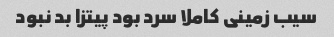
سیب زمینی کاملا سرد بود پیتزا بد نبود